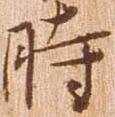
時